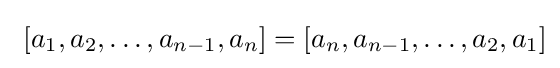
\,\,[a_{1},a_{2},\ldots ,a_{n-1},a_{n}]=[a_{n},a_{n-1},\ldots ,a_{2},a_{1}]